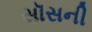
સૉસની